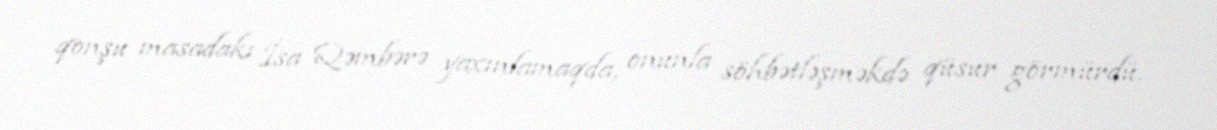
qonşu masadakı İsa Qəmbərə yaxınlamaqda, onunla söhbətləşməkdə qüsur görmürdü.